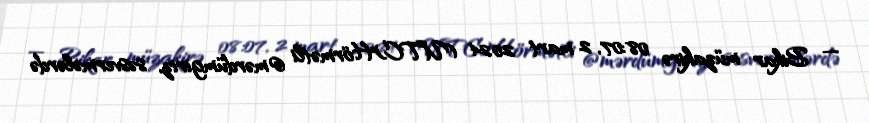
— Bikar müzakirə 08:07, 2 mart 2024 (UTC)Hörmətli @mərdümgiriz, səsvermələrdə